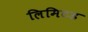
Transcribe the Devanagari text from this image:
लिमिटड